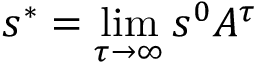
s ^ { * } = \operatorname* { l i m } _ { \tau \to \infty } s ^ { 0 } A ^ { \tau }